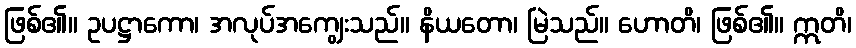
ဖြစ်၏။ ဥပဋ္ဌာကော၊ အလုပ်အကျွေးသည်။ နိယတော၊ မြဲသည်။ ဟောတိ၊ ဖြစ်၏။ ဣတိ၊